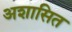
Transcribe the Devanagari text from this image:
अशासित